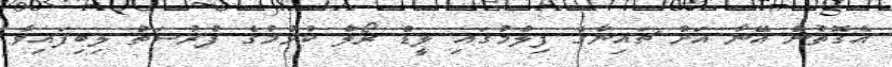
އެގޮތުން އޭނާ އަށް ޗައިނާގެ ފިލްމުގައި ލީޑް ރޯލް ކުޅުމުގެ ފުރުސަތު ލިބިފައިވާ